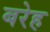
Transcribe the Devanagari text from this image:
बरेह